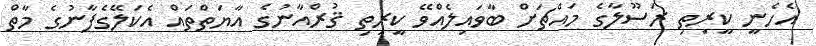
އެހެނީ ކީރިތި ރަސޫލާގެ މައްޗަށް ބާވައިލެއްވޭ ކީރިތި ޤުރްއާނުގެ އާޔަތްތައް އެކަލޭގެފާނުގެ މާތް